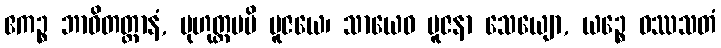
ဧကဉ္စ ဘာဝိတတ္တာနံ, မုဟုတ္တမပိ ပူဇယေ၊ သာယေဝ ပူဇနာ သေယျော, ယဉ္စေ ဝဿသတံ